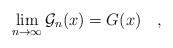
LaTeX: \begin{align*} \lim_{n\to\infty}\mathcal G_n(x)=G(x) \quad,\end{align*}